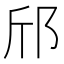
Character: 邤